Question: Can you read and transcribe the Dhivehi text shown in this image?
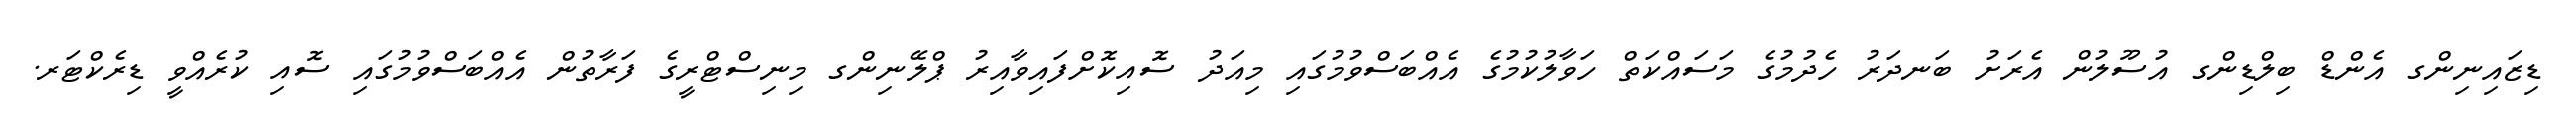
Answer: ޑިޒައިނިންގ އެންޑް ބިލްޑިންގ އުސޫލުން އެރަށު ބަނދަރު ހެދުމުގެ މަސައްކަތް ހަވާލުކުމުގެ އެއްބަސްވުމުގައި މިއަދު ސޮއިކޮށްފައިވާއިރު ޕްލޭނިންގ މިނިސްޓްރީގެ ފަރާތުން އެއްބަސްވުމުގައި ސޮއި ކުރެއްވީ ޑިރެކްޓަރ.